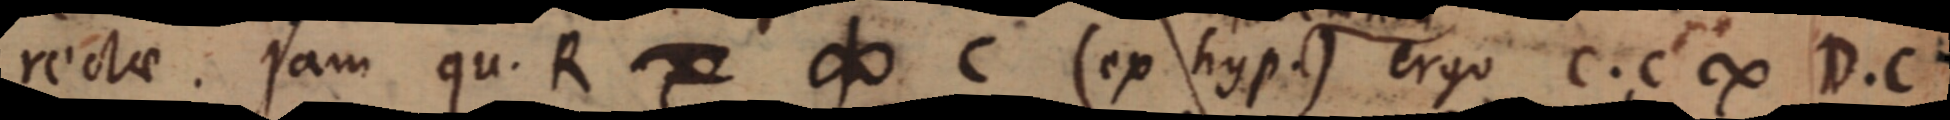
rectae. jam qu. R ∞ C (ex hyp.) ergo c. c ∞ D. C